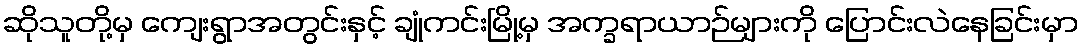
ဆိုသူတို့မှ ကျေးရွာအတွင်းနှင့် ချုံကင်းမြို့မှ အက္ခရာယာဉ်များကို ပြောင်းလဲနေခြင်းမှာ